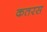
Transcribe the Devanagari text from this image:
कतरस